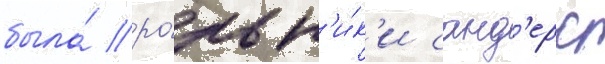
была́ ро́ль н'и́к'и санд'ерс